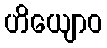
ဟိယျောဝ